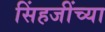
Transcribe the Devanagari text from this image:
सिंहजींच्या